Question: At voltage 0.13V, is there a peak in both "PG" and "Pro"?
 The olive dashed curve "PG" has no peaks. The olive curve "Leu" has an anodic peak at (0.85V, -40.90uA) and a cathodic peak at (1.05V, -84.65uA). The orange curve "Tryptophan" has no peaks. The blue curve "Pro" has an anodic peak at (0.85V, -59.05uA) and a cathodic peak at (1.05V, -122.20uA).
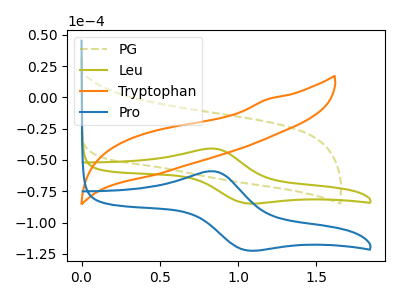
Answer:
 <answer>No, "PG" and "Pro" dont share a peak at 0.13V.</answer>
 <eval>mismatch</eval>